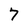
Character: 7